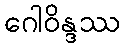
ဂေါဝိန္ဒဿ